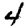
Digit: 4